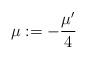
LaTeX: \begin{align*}\mu :=-\frac{\mu ^{\prime }}{4}\end{align*}